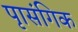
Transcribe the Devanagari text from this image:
पृासंगिक